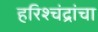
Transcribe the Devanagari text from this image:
हरिश्चंद्रांचा